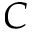
{ \cal C }